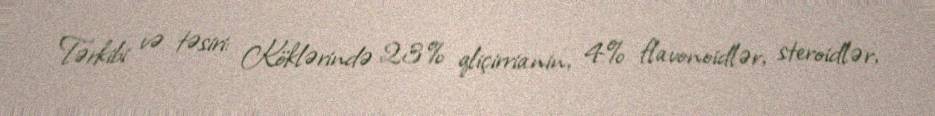
Tərkibi və təsiri: Köklərində 23% qliçirrianin, 4% flavonoidlər, steroidlər,